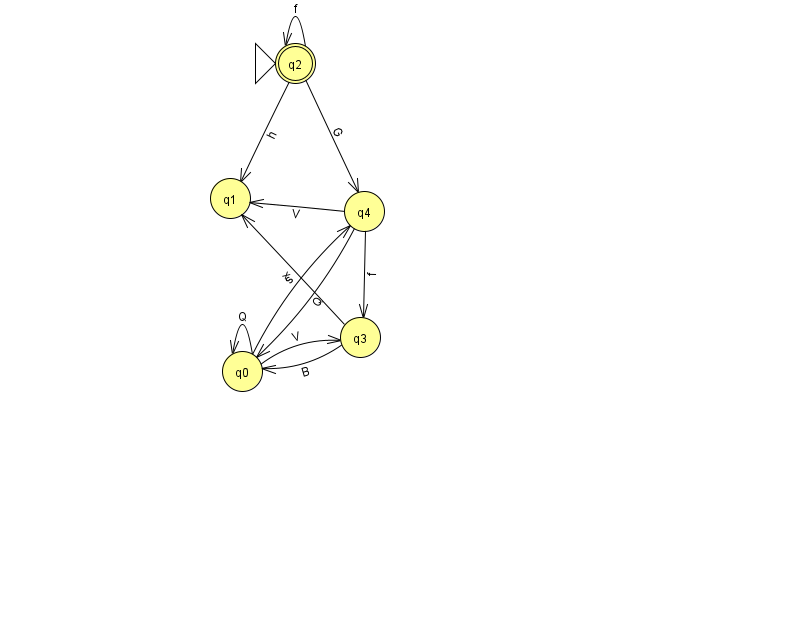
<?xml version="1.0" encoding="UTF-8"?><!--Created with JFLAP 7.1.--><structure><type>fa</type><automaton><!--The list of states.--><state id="0" name="q0"><x>242.0</x><y>358.0</y></state><state id="1" name="q1"><x>230.0</x><y>185.0</y></state><state id="2" name="q2"><x>295.0</x><y>50.0</y><initial/><final/></state><state id="3" name="q3"><x>360.0</x><y>324.0</y></state><state id="4" name="q4"><x>364.0</x><y>198.0</y></state><!--The list of transitions.--><transition><from>0</from><to>0</to><read>Q</read></transition><transition><from>4</from><to>1</to><read>V</read></transition><transition><from>2</from><to>2</to><read>f</read></transition><transition><from>2</from><to>1</to><read>h</read></transition><transition><from>4</from><to>3</to><read>f</read></transition><transition><from>0</from><to>4</to><read>s</read></transition><transition><from>3</from><to>0</to><read>B</read></transition><transition><from>4</from><to>0</to><read>Q</read></transition><transition><from>2</from><to>4</to><read>G</read></transition><transition><from>0</from><to>3</to><read>V</read></transition><transition><from>3</from><to>1</to><read>x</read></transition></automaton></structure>